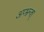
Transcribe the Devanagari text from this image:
अप्भ्रन्श्